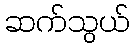
ဆက်သွယ်